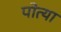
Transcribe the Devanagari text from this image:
पोत्या